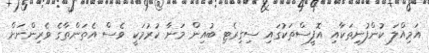
އަމިއްލަ ކުންފުނިތަކާއި އޮފީސްތަކުގައި ސިގިރެޓި ބުއިން މަނާ ކުރުމަކީ ވެސް އެތަންތާގެ ވެރިންނަށް